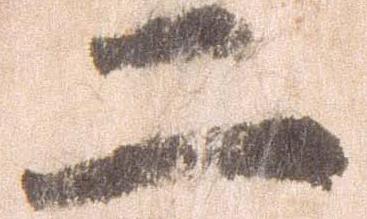
二